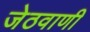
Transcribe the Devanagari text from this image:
जेठवाणी